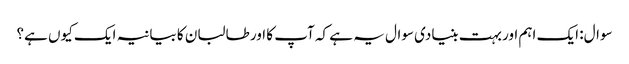
سوال: ایک اہم اور بہت بنیادی سوال یہ ہے کہ آپ کا اور طالبان کا بیانیہ ایک کیوں ہے؟